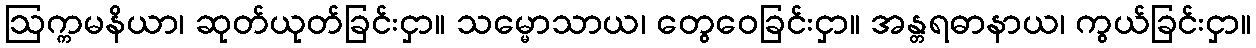
ဩက္ကမနိယာ၊ ဆုတ်ယုတ်ခြင်းငှာ။ သမ္မောသာယ၊ တွေဝေခြင်းငှာ။ အန္တရဓာနာယ၊ ကွယ်ခြင်းငှာ။